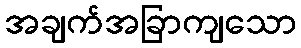
အချက်အခြာကျသော